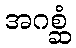
အဂစ္ဆံ